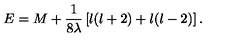
E = M + { \frac { 1 } { 8 \lambda } } \left\lbrack l ( l + 2 ) + l ( l - 2 ) \right\rbrack .